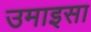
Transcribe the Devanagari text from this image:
उमाइसा